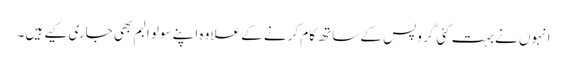
انہوں نے بہت کئی گروپس کے ساتھ کام کرنے کے علاوہ اپنے سولو البم بھی جاری کیے ہیں۔